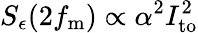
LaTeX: S_{\epsilon}(2f_{\mathrm{m}})\propto\alpha^{2}I_{\mathrm{to}}^{2}